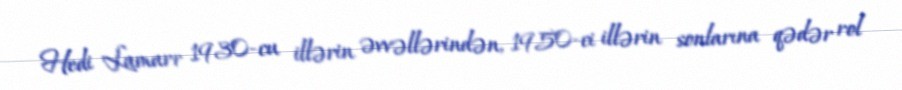
Hedi Lamarr 1930-cu illərin əvvəllərindən, 1950-ci illərin sonlarına qədər rol